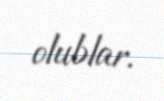
olublar.